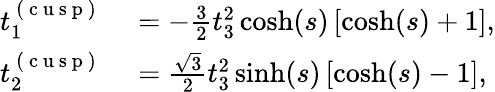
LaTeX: \begin{array}{rl}{t_{1}^{\mathrm{~(~c~u~s~p~)~}}}&{{}=-\frac{3}{2}t_{3}^{2}\cosh(s)\left[\cosh(s)+1\right],}\\ {t_{2}^{\mathrm{~(~c~u~s~p~)~}}}&{{}=\frac{\sqrt{3}}{2}t_{3}^{2}\sinh(s)\left[\cosh(s)-1\right],}\end{array}